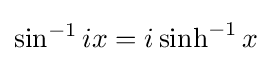
\sin ^{-1}ix=i\sinh ^{-1}x